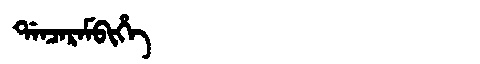
Manchu: ᡩᠠᠨᠴᠠᡵᠠᠮᠪᡳᡥᡝ
Romanization: DANCARAMBIHE